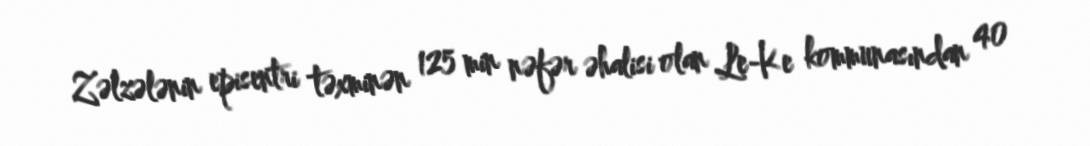
Zəlzələnin episentri təxminən 125 min nəfər əhalisi olan Le-Ke kommunasından 40